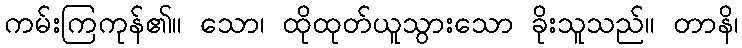
ကမ်းကြကုန်၏။ သော၊ ထိုထုတ်ယူသွားသော ခိုးသူသည်။ တာနိ၊